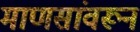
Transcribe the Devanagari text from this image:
माणसांवरून